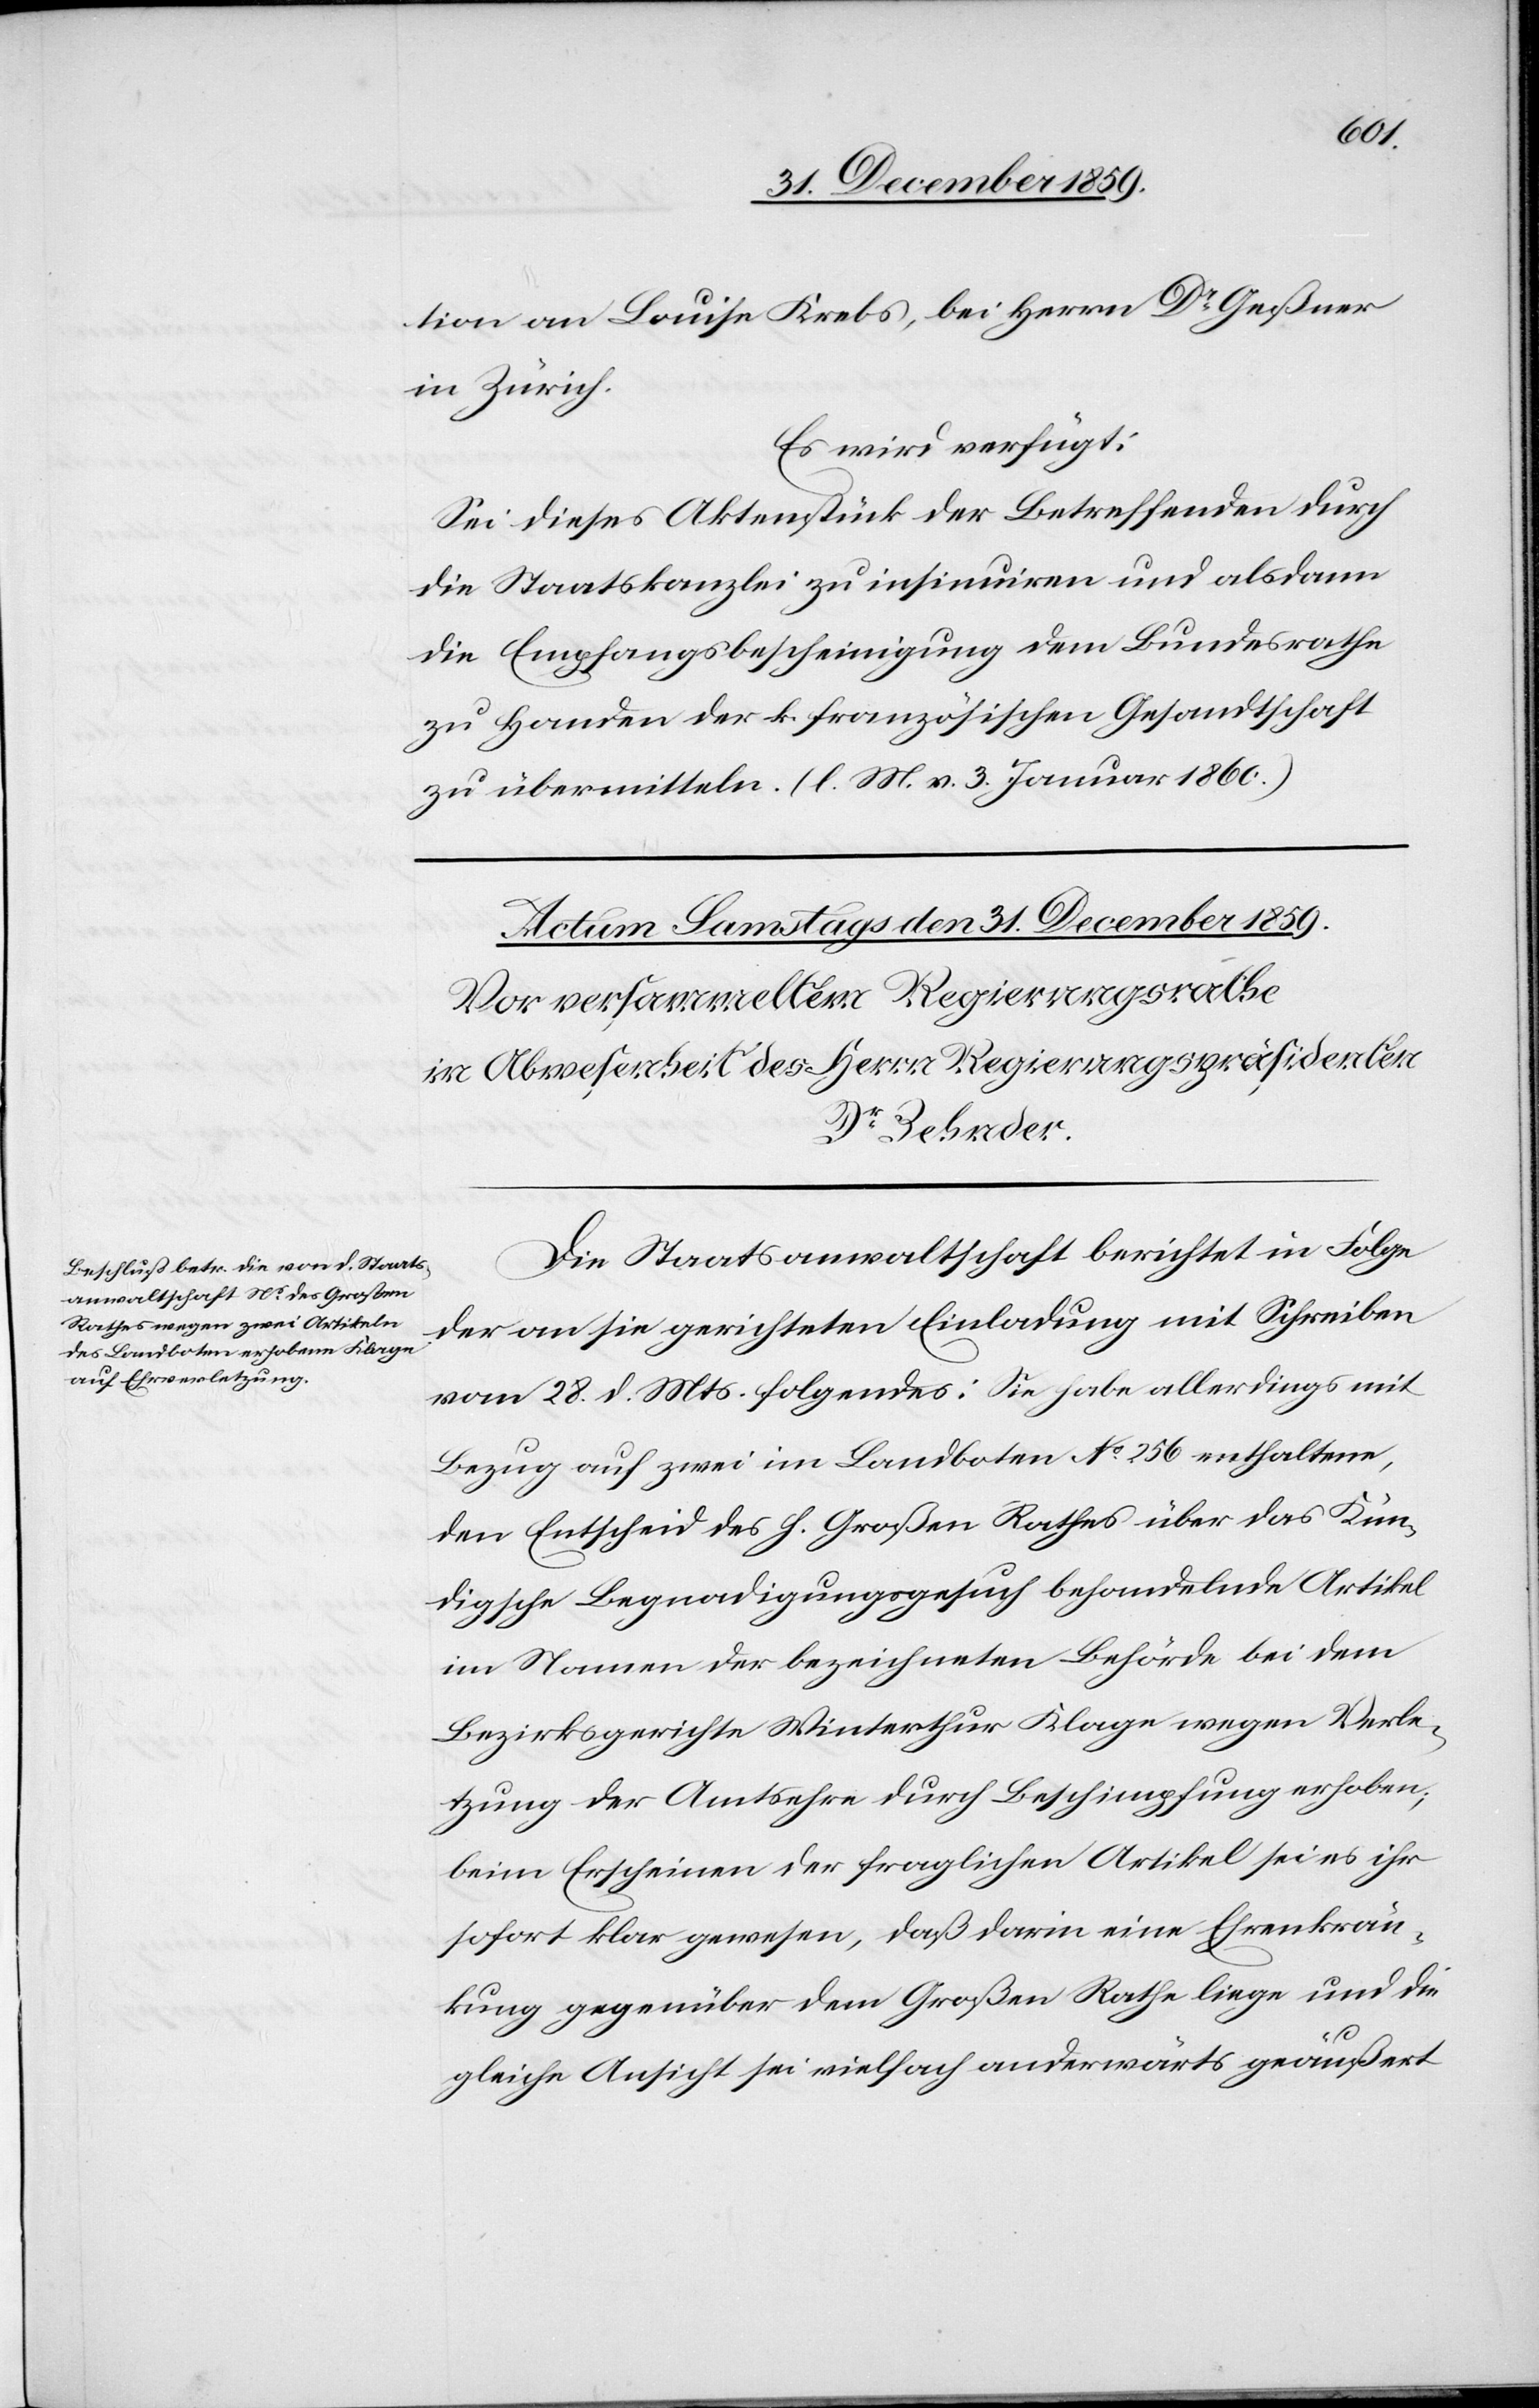
tion an Louise [sic!] Krebs, bei Herrn Dr Geßner
in Zürich.
Es wird verfügt:
Sei dieses Aktenstück der Betreffenden durch
die Staatskanzlei zu insinuiren und alsdann
die Empfangsbescheinigung dem Bundesrathe
zu Handen der k. französischen Gesandtschaft
zu übermitteln. (l. M. v. 3. Januar 1860.)
Die Staatsanwaltschaft berichtet in Folge
der an sie gerichteten Einladung mit Schreiben
vom 28. d. Mts. folgendes: Sie habe allerdings mit
Bezug auf zwei im Landboten No 256 enthaltene,
den Entscheid des h. Großen Rathes über das Kun¬
digsche Begnadigungsgesuch behandelnde Artikel
im Namen der bezeichneten Behörde bei dem
Bezirksgerichte Winterthur Klage wegen Verle¬
tzung der Amtsehre durch Beschimpfung erhoben;
beim Erscheinen der fraglichen Artikel sei es ihr
sofort klar gewesen, daß darin eine Ehrenkrän¬
kung gegenüber dem Großen Rathe liege und die
gleiche Ansicht sei vielfach anderwärts geäußert